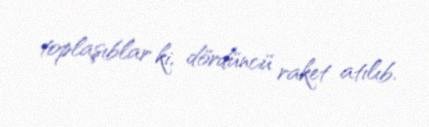
toplaşıblar ki, dördüncü raket atılıb.